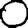
Digit: 0